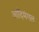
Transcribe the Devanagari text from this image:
आदिमंगल